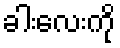
ခါးလေးကို